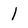
Character: l